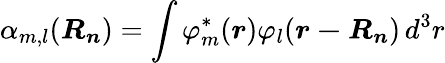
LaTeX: \alpha_{m,l}({\boldsymbol{R_{n}}})=\int\varphi_{m}^{*}({\boldsymbol{r}})\varphi_{l}({\boldsymbol{r-R_{n}}})\, d^{3}r